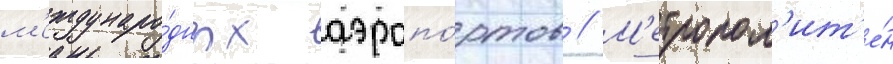
м'еждунаро́дных аэропо́ртов // М'етропол'ит'е́н